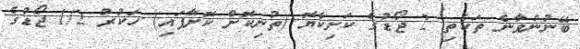
ބޭނުންވާނެ ތަކެތި 2 ޖޯޑުގެ ކަށިކެޔޮ (ތުނިކޮށް ކޮށާފައި) ހަކުރު 1/2 ޖޯޑުގެ